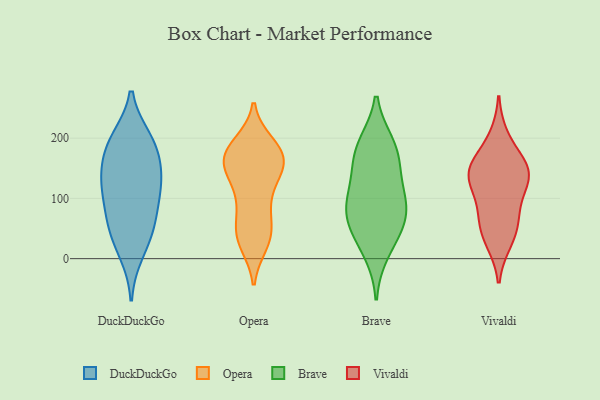
{"axis": {"x": "Waste Production (Tons)", "y": "Value"}, "legend": ["Brave", "DuckDuckGo", "Opera", "Vivaldi"], "data": [{"x": "", "y": 197, "type": "DuckDuckGo"}, {"x": "", "y": 189, "type": "DuckDuckGo"}, {"x": "", "y": 135, "type": "DuckDuckGo"}, {"x": "", "y": 11, "type": "DuckDuckGo"}, {"x": "", "y": 161, "type": "DuckDuckGo"}, {"x": "", "y": 43, "type": "DuckDuckGo"}, {"x": "", "y": 56, "type": "DuckDuckGo"}, {"x": "", "y": 119, "type": "DuckDuckGo"}, {"x": "", "y": 191, "type": "DuckDuckGo"}, {"x": "", "y": 64, "type": "DuckDuckGo"}, {"x": "", "y": 123, "type": "DuckDuckGo"}, {"x": "", "y": 106, "type": "DuckDuckGo"}, {"x": "", "y": 153, "type": "Opera"}, {"x": "", "y": 41, "type": "Opera"}, {"x": "", "y": 26, "type": "Opera"}, {"x": "", "y": 172, "type": "Opera"}, {"x": "", "y": 155, "type": "Opera"}, {"x": "", "y": 94, "type": "Opera"}, {"x": "", "y": 142, "type": "Opera"}, {"x": "", "y": 179, "type": "Opera"}, {"x": "", "y": 189, "type": "Opera"}, {"x": "", "y": 177, "type": "Opera"}, {"x": "", "y": 179, "type": "Opera"}, {"x": "", "y": 36, "type": "Opera"}, {"x": "", "y": 155, "type": "Opera"}, {"x": "", "y": 172, "type": "Opera"}, {"x": "", "y": 80, "type": "Opera"}, {"x": "", "y": 104, "type": "Opera"}, {"x": "", "y": 135, "type": "Opera"}, {"x": "", "y": 47, "type": "Opera"}, {"x": "", "y": 33, "type": "Opera"}, {"x": "", "y": 75, "type": "Brave"}, {"x": "", "y": 151, "type": "Brave"}, {"x": "", "y": 11, "type": "Brave"}, {"x": "", "y": 103, "type": "Brave"}, {"x": "", "y": 189, "type": "Brave"}, {"x": "", "y": 48, "type": "Brave"}, {"x": "", "y": 50, "type": "Brave"}, {"x": "", "y": 161, "type": "Brave"}, {"x": "", "y": 85, "type": "Brave"}, {"x": "", "y": 190, "type": "Brave"}, {"x": "", "y": 101, "type": "Brave"}, {"x": "", "y": 72, "type": "Vivaldi"}, {"x": "", "y": 154, "type": "Vivaldi"}, {"x": "", "y": 70, "type": "Vivaldi"}, {"x": "", "y": 132, "type": "Vivaldi"}, {"x": "", "y": 118, "type": "Vivaldi"}, {"x": "", "y": 30, "type": "Vivaldi"}, {"x": "", "y": 145, "type": "Vivaldi"}, {"x": "", "y": 42, "type": "Vivaldi"}, {"x": "", "y": 200, "type": "Vivaldi"}, {"x": "", "y": 151, "type": "Vivaldi"}, {"x": "", "y": 140, "type": "Vivaldi"}]}